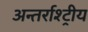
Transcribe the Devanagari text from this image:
अन्तर्राश्ट्रीय